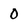
Character: 0